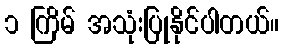
၁ ကြိမ် အသုံးပြုနိုင်ပါတယ်။